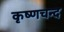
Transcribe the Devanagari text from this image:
कृष्णचन्द